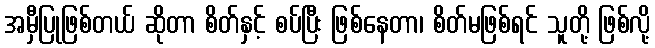
အမှီပြုဖြစ်တယ် ဆိုတာ စိတ်နှင့် စပ်ပြီး ဖြစ်နေတာ၊ စိတ်မဖြစ်ရင် သူတို့ ဖြစ်လို့